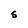
Character: S